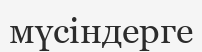
мүсіндерге